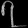
Digit: ၇